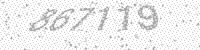
Solution: 867119